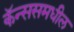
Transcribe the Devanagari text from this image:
कॅन्ससमधील